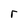
Character: r